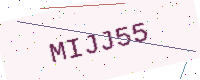
Text: MIJJ55